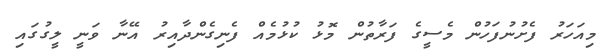
މިއަހަރު ފެށުނުފަހުން މެސީގެ ފަރާތުން މޮޅު ކުޅުމެއް ފެނިގެންދާއިރު އޭނާ ވަނީ ލީގުގައި